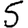
Digit: 5